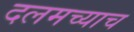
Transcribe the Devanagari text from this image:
दलमच्याच